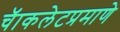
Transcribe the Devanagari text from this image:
चॅाकलेटप्रमाणे